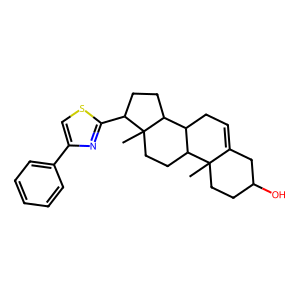
SMILES: CC12CCC(O)CC1=CCC1C2CCC2(C)C(c3nc(-c4ccccc4)cs3)CCC12
Inhibits HIV replication: No